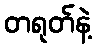
တရုတ်နဲ့